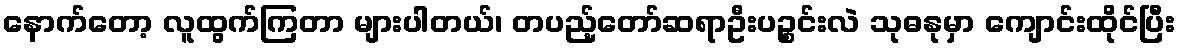
နောက်တော့ လူထွက်ကြတာ များပါတယ်၊ တပည့်တော်ဆရာဦးပဉ္စင်းလဲ သုဓနုမှာ ကျောင်းထိုင်ပြီး